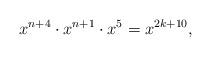
LaTeX: \begin{align*}x^{n+4} \cdot x^{n+1} \cdot x^5 = x^{2k+10},\end{align*}